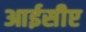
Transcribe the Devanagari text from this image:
आईसीए